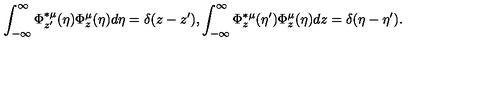
\int _ { - \infty } ^ { \infty } \Phi _ { z ^ { \prime } } ^ { \ast \mu } ( \eta ) \Phi _ { z } ^ { \mu } ( \eta ) d \eta = \delta ( z - z ^ { \prime } ) , \int _ { - \infty } ^ { \infty } \Phi _ { z } ^ { \ast \mu } ( \eta ^ { \prime } ) \Phi _ { z } ^ { \mu } ( \eta ) d z = \delta ( \eta - \eta ^ { \prime } ) .